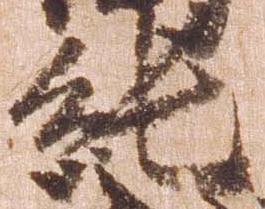
純